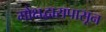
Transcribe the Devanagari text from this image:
मोक्षद्वारापासून